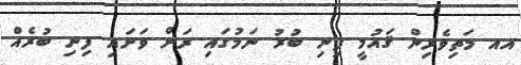
އއ މަތިވެރިން ޤައުމީ ފިނި ބުރު ނަމުގައި ރަށް ވަށައި ފިނި ބުރެއް